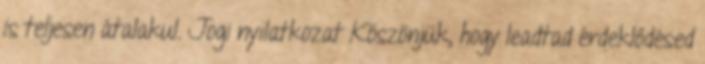
is teljesen átalakul. Jogi nyilatkozat Köszönjük, hogy leadtad érdeklődésed